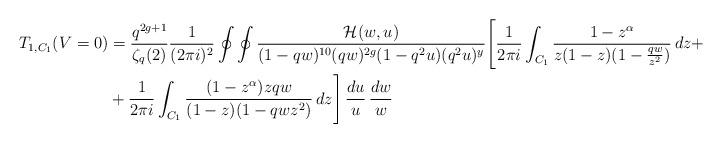
LaTeX: \begin{align*}T_{1,C_1}(V=0) &= \frac{q^{2g+1}}{\zeta_q(2)} \frac{1}{(2 \pi i)^2} \oint \oint \frac{ \mathcal{H}(w,u)}{(1-qw)^{10} (qw)^{2g}(1-q^2u)(q^2u)^y} \Bigg[ \frac{1}{2 \pi i} \int_{C_1} \frac{1-z^{\alpha}}{z(1-z)(1-\frac{qw}{z^2})} \, dz + \\& + \frac{1}{2 \pi i} \int_{C_1} \frac{(1-z^{\alpha})zqw}{(1-z)(1-qwz^2)} \, dz \Bigg] \, \frac{du}{u} \, \frac{dw}{w} \end{align*}